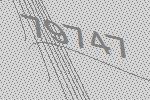
79747